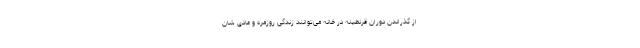
از گذراندن دوران قرنطینه در خانه می‌توانند زندگی روزمره و عادی شان